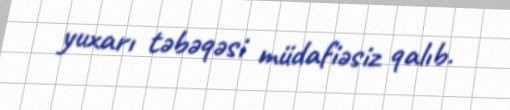
yuxarı təbəqəsi müdafiəsiz qalıb.